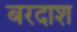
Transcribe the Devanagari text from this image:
बरदाश